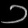
Digit: ၁